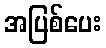
အပြစ်ပေး